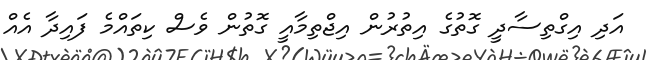
އަދި އިގްތިސާދީ ގޮތުގެ އިތުރުން އިޖްތިމާއީ ގޮތުން ވެސް ކިތައްމެ ފައިދާ އެއް